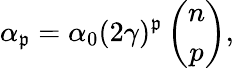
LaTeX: \alpha_{\mathfrak{p}}=\alpha_{0}(2\gamma)^{\mathfrak{p}}\left(\begin{array}{c}{{n}}\\ {{p}}\end{array}\right),